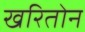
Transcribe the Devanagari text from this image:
खरितोन